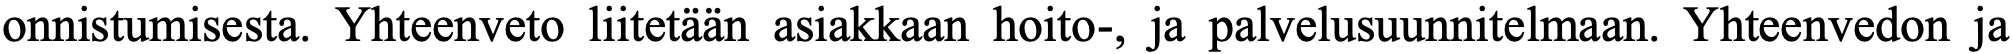
onnistumisesta. Yhteenveto liitetään asiakkaan hoito-, ja palvelusuunnitelmaan. Yhteenvedon ja